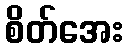
စိတ်အေး